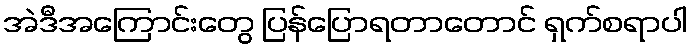
အဲဒီအကြောင်းတွေ ပြန်ပြောရတာတောင် ရှက်စရာပါ